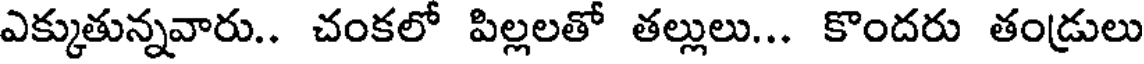
ఎక్కుతున్నవారు.. చంకలో పిల్లలతో తల్లులు... కొందరు తండ్రులు